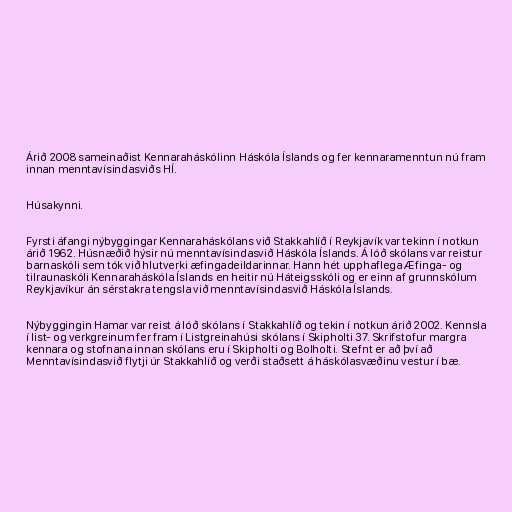
Árið 2008 sameinaðist Kennaraháskólinn Háskóla Íslands og fer kennaramenntun nú fram
innan menntavísindasviðs HÍ.

Húsakynni.

Fyrsti áfangi nýbyggingar Kennaraháskólans við Stakkahlíð í Reykjavík var tekinn í notkun
árið 1962. Húsnæðið hýsir nú menntavísindasvið Háskóla Íslands. Á lóð skólans var reistur
barnaskóli sem tók við hlutverki æfingadeildarinnar. Hann hét upphaflega Æfinga- og
tilraunaskóli Kennaraháskóla Íslands en heitir nú Háteigsskóli og er einn af grunnskólum
Reykjavíkur án sérstakra tengsla við menntavísindasvið Háskóla Íslands.

Nýbyggingin Hamar var reist á lóð skólans í Stakkahlíð og tekin í notkun árið 2002. Kennsla
í list- og verkgreinum fer fram í Listgreinahúsi skólans í Skipholti 37. Skrifstofur margra
kennara og stofnana innan skólans eru í Skipholti og Bolholti. Stefnt er að því að
Menntavísindasvið flytji úr Stakkahlíð og verði staðsett á háskólasvæðinu vestur í bæ.